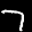
Label: 7